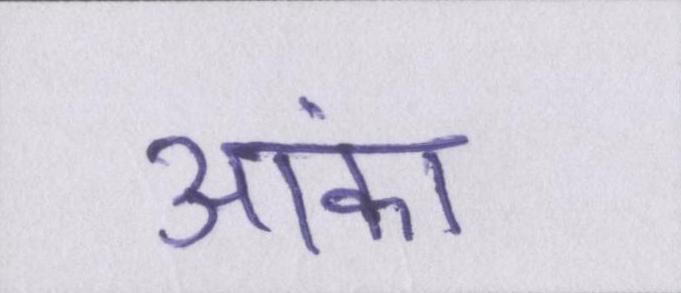
आंका